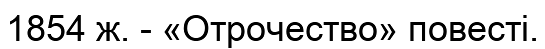
1854 ж. - «Отрочество» повесті.